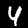
Label: 4